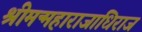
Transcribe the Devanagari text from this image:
श्रीमन्महाराजाधिराज